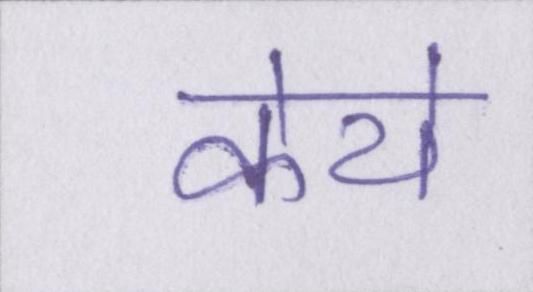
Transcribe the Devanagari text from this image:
केये